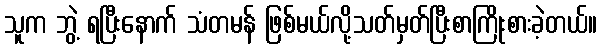
သူက ဘွဲ့ ရပြီးနောက် သံတမန် ဖြစ်မယ်လို့သတ်မှတ်ပြီးစာကြိုးစားခဲ့တယ်။